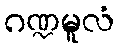
ဂဏ္ဍမူလံ